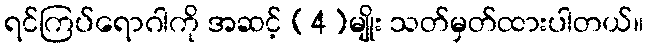
ရင်ကြပ်ရောဂါကို အဆင့် (4)မျိုး သတ်မှတ်ထားပါတယ်။